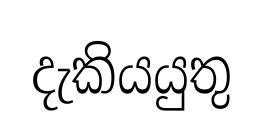
දැකියයුතු